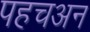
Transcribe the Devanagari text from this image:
पहचअन